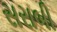
સરાબી